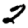
Digit: 2